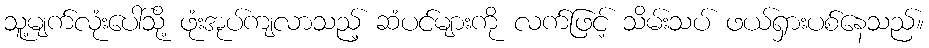
သူ့မျက်လုံးပေါ်သို့ ဖုံးအုပ်ကျလာသည့် ဆံပင်များကို လက်ဖြင့် သိမ်းသပ် ဖယ်ရှားပစ်နေသည်။